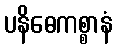
ပနိဓေကစ္စာနံ